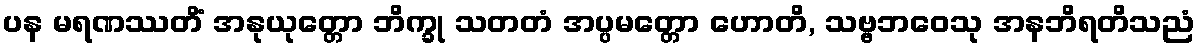
ပန မရဏဿတိံ အနုယုတ္တော ဘိက္ခု သတတံ အပ္ပမတ္တော ဟောတိ, သဗ္ဗဘဝေသု အနဘိရတိသညံ